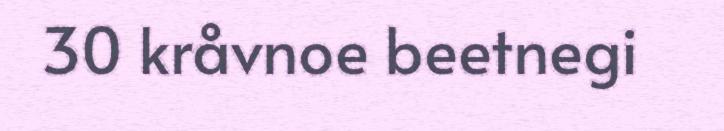
30 kråvnoe beetnegi